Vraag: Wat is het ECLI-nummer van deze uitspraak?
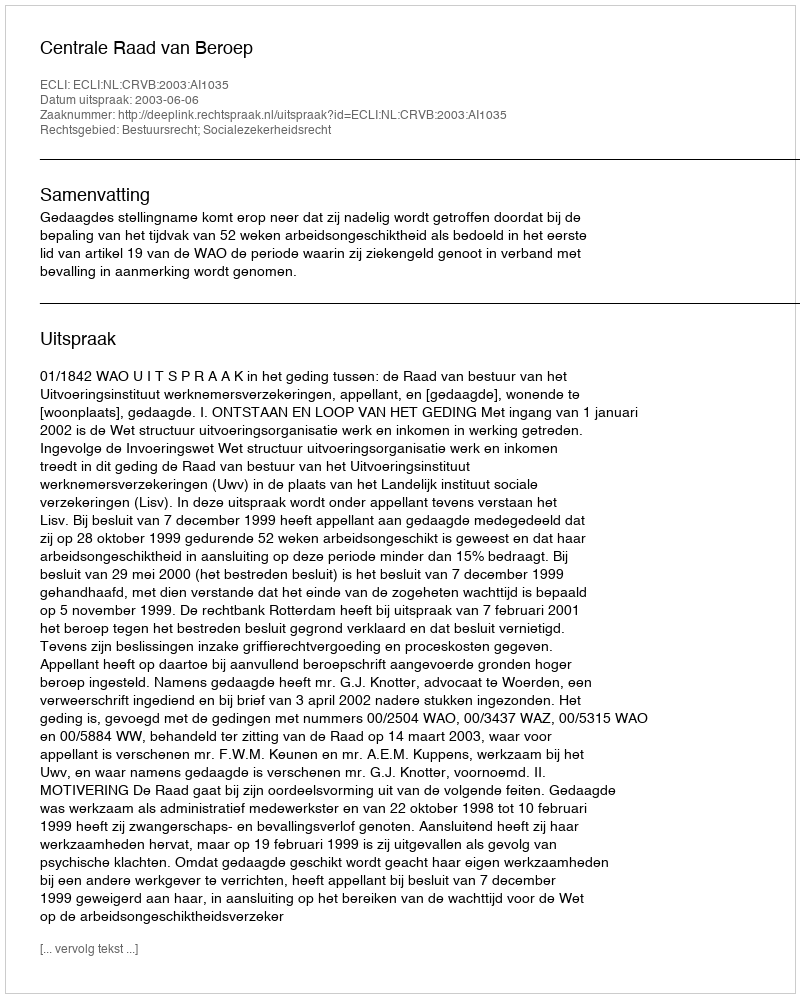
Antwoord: ECLI:NL:CRVB:2003:AI1035